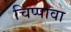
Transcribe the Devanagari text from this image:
चिप्पावा